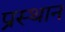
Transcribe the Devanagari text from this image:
प्रस्थानं